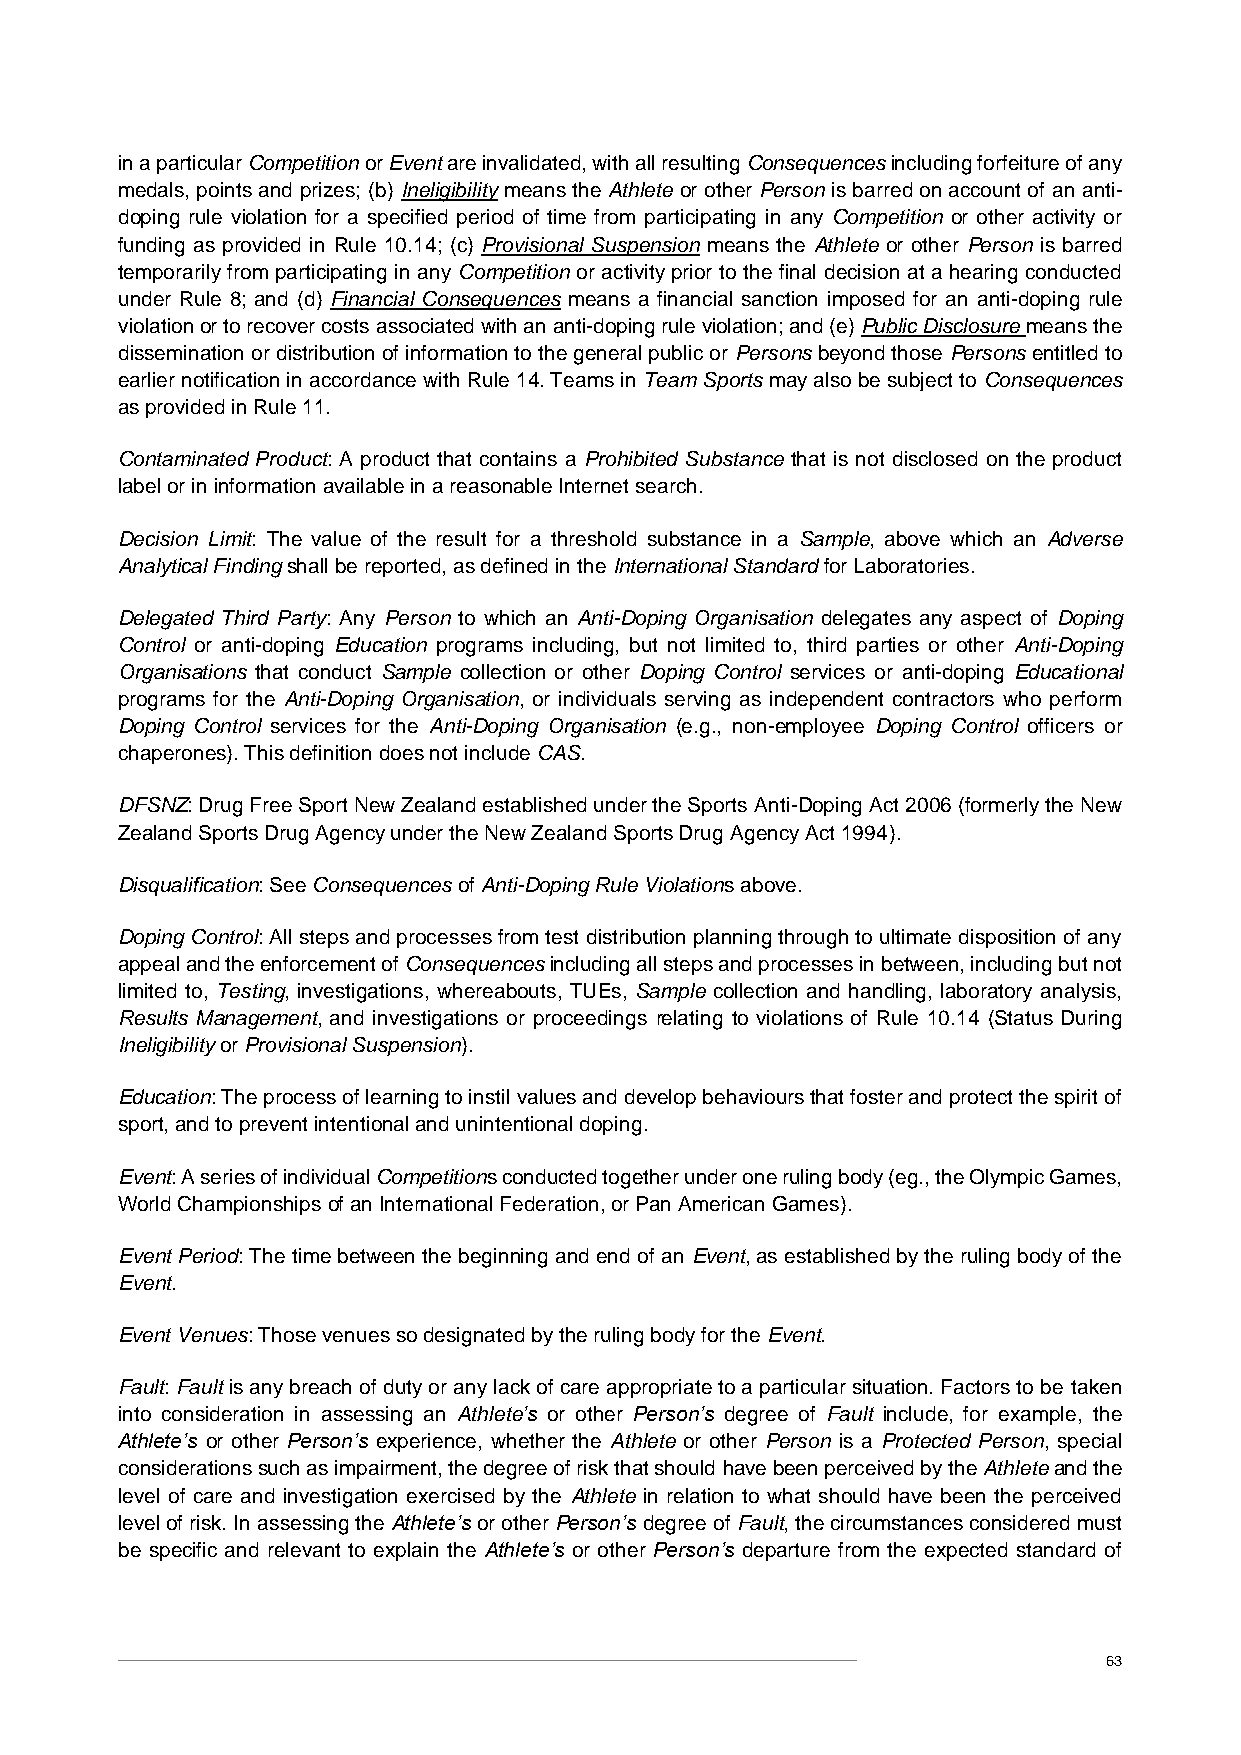
in a particular Competition or Event are invalidated, with all resulting Consequences including forfeiture of any
 medals, points and prizes; (b) Ineligibility means the Athlete or other Person is barred on account of an anti-
 doping rule violation for a specified period of time from participating in any Competition or other activity or
 funding as provided in Rule 10.14; (c) Provisional Suspension means the Athlete or other Person is barred
 temporarily from participating in any Competition or activity prior to the final decision at a hearing conducted
 under Rule 8; and (d) Financial Consequences means a financial sanction imposed for an anti-doping rule
 violation or to recover costs associated with an anti-doping rule violation; and (e) Public Disclosure means the
 dissemination or distribution of information to the general public or Persons beyond those Persons entitled to
 earlier notification in accordance with Rule 14. Teams in Team Sports may also be subject to Consequences
 as provided in Rule 11.
 Contaminated Product: A product that contains a Prohibited Substance that is not disclosed on the product
 label or in information available in a reasonable Internet search.
 Decision Limit: The value of the result for a threshold substance in a Sample, above which an Adverse
 Analytical Finding shall be reported, as defined in the International Standard for Laboratories.
 Delegated Third Party: Any Person to which an Anti-Doping Organisation delegates any aspect of Doping
 Control or anti-doping Education programs including, but not limited to, third parties or other Anti-Doping
 Organisations that conduct Sample collection or other Doping Control services or anti-doping Educational
 programs for the Anti-Doping Organisation, or individuals serving as independent contractors who perform
 Doping Control services for the Anti-Doping Organisation (e.g., non-employee Doping Control officers or
 chaperones). This definition does not include CAS.
 DFSNZ: Drug Free Sport New Zealand established under the Sports Anti-Doping Act 2006 (formerly the New
 Zealand Sports Drug Agency under the New Zealand Sports Drug Agency Act 1994).
 Disqualification: See Consequences of Anti-Doping Rule Violations above.
 Doping Control: All steps and processes from test distribution planning through to ultimate disposition of any
 appeal and the enforcement of Consequences including all steps and processes in between, including but not
 limited to, Testing, investigations, whereabouts, TUEs, Sample collection and handling, laboratory analysis,
 Results Management, and investigations or proceedings relating to violations of Rule 10.14 (Status During
 Ineligibility or Provisional Suspension).
 Education: The process of learning to instil values and develop behaviours that foster and protect the spirit of
 sport, and to prevent intentional and unintentional doping.
 Event: A series of individual Competitions conducted together under one ruling body (eg., the Olympic Games,
 World Championships of an International Federation, or Pan American Games).
 Event Period: The time between the beginning and end of an Event, as established by the ruling body of the
 Event.
 Event Venues: Those venues so designated by the ruling body for the Event.
 Fault: Fault is any breach of duty or any lack of care appropriate to a particular situation. Factors to be taken
 into consideration in assessing an Athlete’s or other Person’s degree of Fault include, for example, the
 Athlete’s or other Person’s experience, whether the Athlete or other Person is a Protected Person, special
 considerations such as impairment, the degree of risk that should have been perceived by the Athlete and the
 level of care and investigation exercised by the Athlete in relation to what should have been the perceived
 level of risk. In assessing the Athlete’s or other Person’s degree of Fault, the circumstances considered must
 be specific and relevant to explain the Athlete’s or other Person’s departure from the expected standard of
 63